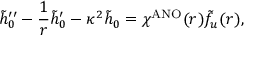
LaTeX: \tilde { h } _ { 0 } ^ { \prime \prime } - \frac { 1 } { r } \tilde { h } _ { 0 } ^ { \prime } - \kappa ^ { 2 } \tilde { h } _ { 0 } = \chi ^ { \mathrm { A N O } } ( r ) \tilde { f } _ { u } ( r ) ,